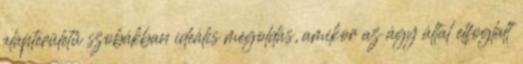
alapterületű szobákban ideális megoldás, amikor az ágy által elfoglalt